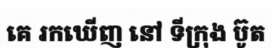
គេ រកឃើញ នៅ ទីក្រុង ប៊ូត